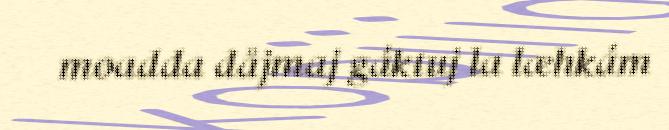
moadda dåjmaj gáktuj la læhkám